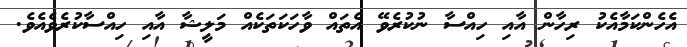
އެހެންކަމާއެކު ރިހާން އާއި ހިއްސާ ނުކުރެވޭ އެތައް ވާހަކަތަކެއް މަލީޝާ އާއި ހިއްސާކުރެވެއެވެ.